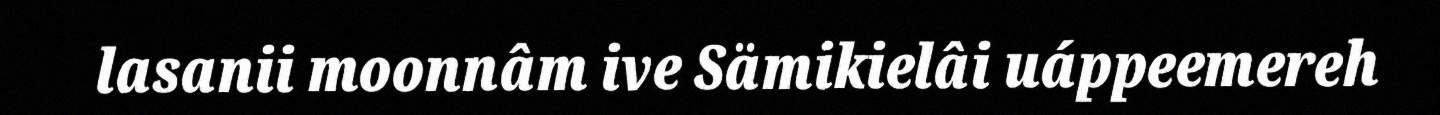
lasanii moonnâm ive Sämikielâi uáppeemereh